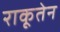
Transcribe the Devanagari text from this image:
राकूतेन